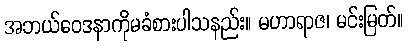
အဘယ်ဝေဒနာကိုမခံစားပါသနည်း။ မဟာရာဇ၊ မင်းမြတ်။